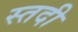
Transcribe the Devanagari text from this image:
स्तदी